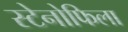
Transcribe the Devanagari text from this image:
स्टेनोफिला